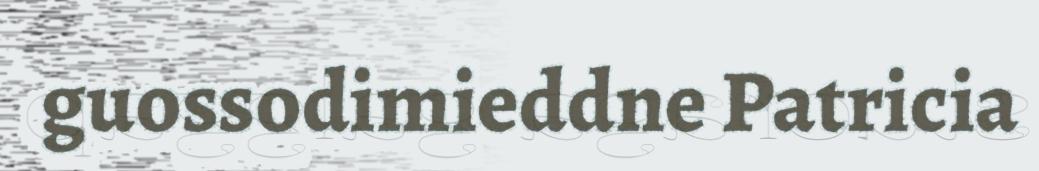
guossodimieddne Patricia